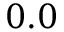
0 . 0